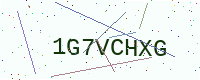
Text: 1G7VCHXG